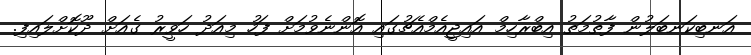
އަނބިކަނބަލުން ފާތުމަތު އިބްރާހިމް އައިޖީއެމްއެޗުގައި އޮންނެވުމަށް ފަހު މިއަދު ހަވީރު ގެއަށް ދޫކޮށްލައިފި.